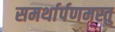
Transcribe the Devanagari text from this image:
समर्थार्पणमस्तु